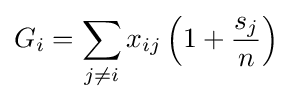
G_{i}=\sum _{j\neq i}x_{ij}\left(1+{\frac {s_{j}}{n}}\right)